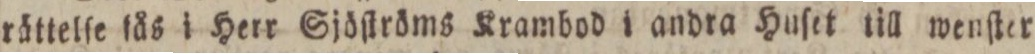
rättelſe lås i Herr Sjöſtröms Krambod i andra Huſet till wenſter